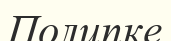
Полипке